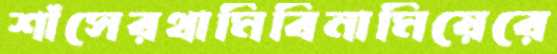
শাঁসেরথামিবিনামিয়েরে